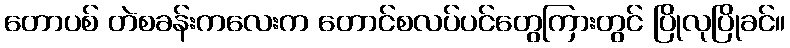
တောပစ် တဲစခန်းကလေးက တောင်စလပ်ပင်တွေကြားတွင် ပြိုလုပြိုခင်။